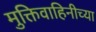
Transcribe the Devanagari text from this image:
मुक्तिवाहिनीच्या